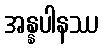
အန္နပါနဿ